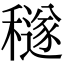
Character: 穟